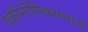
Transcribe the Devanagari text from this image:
एकॉनॉमिक्समध्ये